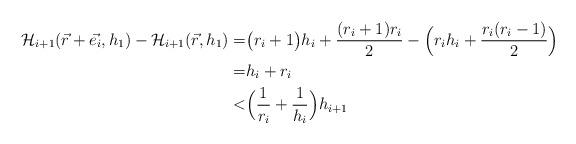
LaTeX: \begin{align*}\mathcal{H}_{i+1}(\vec{r}+\vec{e_i},h_1) - \mathcal{H}_{i+1}(\vec{r},h_1) =& \big( r_i+1 \big) h_i + \frac{(r_i+1)r_i}{2} - \Big( r_i h_i + \frac{r_i(r_i-1)}{2} \Big) \\ =& h_i + r_i \\ <& \Big( \frac{1}{r_i} + \frac{1}{h_i} \Big) h_{i+1} \end{align*}